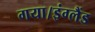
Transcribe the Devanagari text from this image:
गया।इंग्लैंड